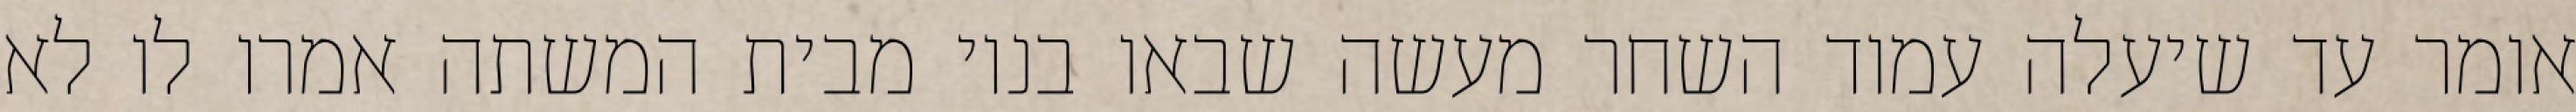
אומר עד שיעלה עמוד השחר מעשה שבאו בניו מבית המשתה אמרו לו לא